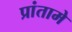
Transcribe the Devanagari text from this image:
प्रांतामे